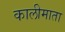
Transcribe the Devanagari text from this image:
कालीमाता